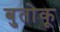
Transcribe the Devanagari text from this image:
बुतोकू